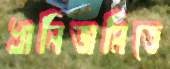
ধানিজমিতে